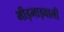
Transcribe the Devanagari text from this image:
भीड़भाड़वाली